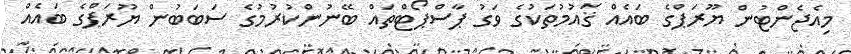
މިއެޖެންޓުން ޔޫރަޕްގެ ބައެއް ޤައުމުތަކުގެ ވަގު ޕާސްޕޯޓްތައް ބޭނުންކުރުމުގެ ސަބަބުން ޔޫރަޕްގެ ބައެއް